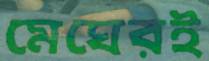
মেঘেরই